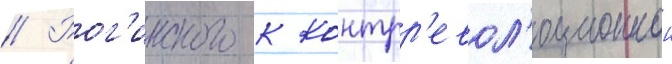
// Рог'инского к контрр'евол'юционнои